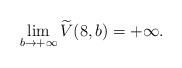
LaTeX: \begin{align*}\lim_{b\rightarrow+\infty}\widetilde V(8, b) =+\infty.\end{align*}